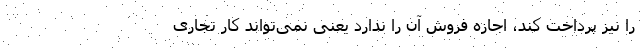
را نیز پرداخت کند، اجازه فروش آن را ندارد یعنی نمی‌تواند کار تجاری